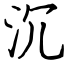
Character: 沉